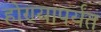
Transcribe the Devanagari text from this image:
होण्यापर्यंत